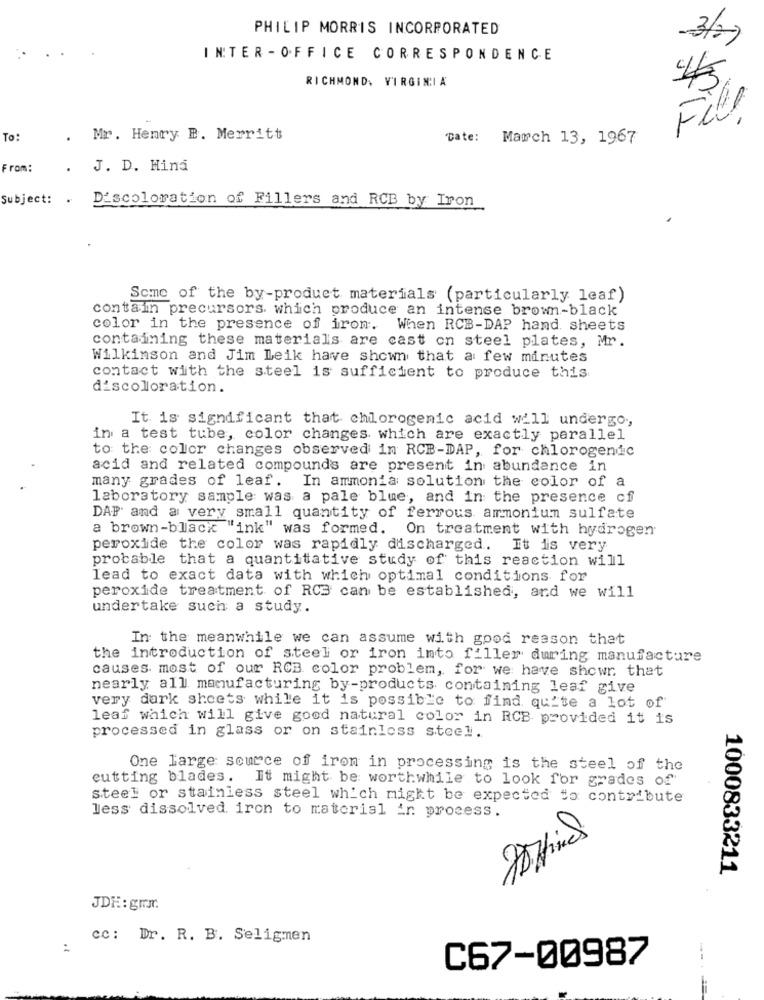
PHILIP MORRIS INCORPORATED
3/2)
INTER -OFFICE CORRESPONDENCE
RICHMOND, VIRGINIA
45
Fil.
To:
. Mr. Henry B. Merritt
Date: March 13, 1967
From:
.
J. D. Mina
Subject: .
Discoloration of Fillers and RCB by Iron
Some of the by-product materials (particularly leaf)
contain precursors which produce an intense brown-black
color in the presence of iron. When RCB-DAP hand. sheets
containing these materials are cast on steel plates, Mr.
Wilkinson and Jim Leik have shown that a few minutes
contact with the steel is sufficient to produce this
discoloration.
It is significant that chlorogenic acid will undergo .,
in a test tube, color changes which are exactly parallel
to the color changes observed in RCB-DAP, for chlorogenic
acid and related compounds are present in abundance in
many grades of leaf. In ammonia solution the color of a
laboratory sample was a pale blue, and in the presence of
DAP and a very small quantity of ferrous ammonium sulfate
a brown-black "ink" was formed. On treatment with hydrogen
peroxide the color was rapidly discharged. It is very
probable that a quantitative study of this reaction will
lead to exact data with which optimal conditions for
peroxide treatment of RCS can be established, and we will
undertake such a study.
In the meanwhile we can assume with good reason that
the introduction of steel or iron into filler during manufacture
causes most of our RCB color problem, for we have shown that
nearly all manufacturing by-products containing leaf give
very dark sheets while it is possible to find qu'te a lot of
leaf which will give good natural color in RCB provided it is
processed in glass or on stainless steel.
One large source of iron in processing is the steel of the
cutting blades. It might be worthwhile to look for grades of
steel or stainless steel which might be expected to contribute
less dissolved iron to material in process.
1000833211
JDE: gmx.
cc: Dr. R. B. Seligmen
:
C67-00987